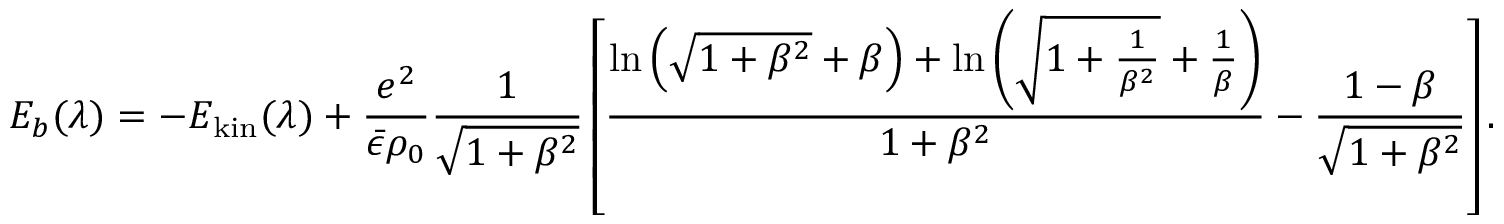
E _ { b } ( \lambda ) = - E _ { \mathrm { k i n } } ( \lambda ) + \frac { e ^ { 2 } } { \bar { \epsilon } \rho _ { 0 } } \frac { 1 } { \sqrt { 1 + \beta ^ { 2 } } } \left[ \frac { \ln \left( \sqrt { 1 + \beta ^ { 2 } } + \beta \right) + \ln \left( \sqrt { 1 + \frac { 1 } { \beta ^ { 2 } } } + \frac { 1 } { \beta } \right) } { 1 + \beta ^ { 2 } } - \frac { 1 - \beta } { \sqrt { 1 + \beta ^ { 2 } } } \right] .